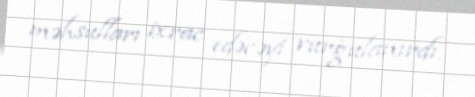
məhsulları ixrac edəcəyi vurğulanırdı.